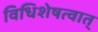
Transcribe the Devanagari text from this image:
विधिशेषत्वात्